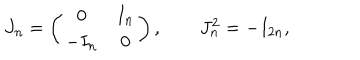
J _ { n } = \left( \begin{array} { c c } { { 0 } } & { { I _ { n } } } \\ { { - I _ { n } } } & { { 0 } } \\ \end{array} \right) , \qquad J _ { n } ^ { 2 } = - I _ { 2 n } ,